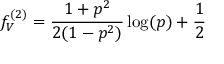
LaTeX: f _ { V } ^ { ( 2 ) } = \frac { 1 + p ^ { 2 } } { 2 ( 1 - p ^ { 2 } ) } \log ( p ) + \frac { 1 } { 2 }